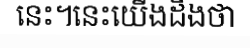
នេះ។នេះយើងដឹងថា